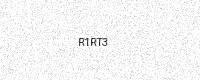
Text: R1RT3